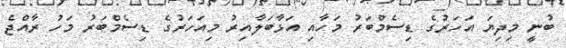
ބުނީ މިދިޔަ އަހަރުގެ ޑިސެމްބަރު މަހާއި އަޅާބަލާއިރު މިއަހަރުގެ ޑިސެމްބަރު މަހު ރާއްޖެ